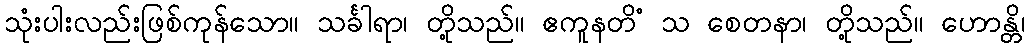
သုံးပါးလည်းဖြစ်ကုန်သော။ သင်္ခါရာ၊ တို့သည်။ ဧကူနတိံ သ စေတနာ၊ တို့သည်။ ဟောန္တိ၊